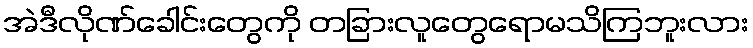
အဲဒီလိုဏ်ခေါင်းတွေကို တခြားလူတွေရောမသိကြဘူးလား